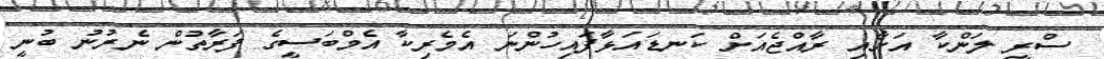
ސްރީ ލަންކާ އަށާއި ރާއްޖެއަށް ކަނޑައަޅާފައިހުންނަ އެމެރިކާ އެމްބަސީގެ ފަރާތުން ނެރުނު ބުނީ